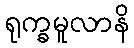
ရုက္ခမူလာနိ